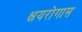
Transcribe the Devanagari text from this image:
क्षयरोगास